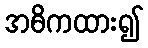
အဓိကထား၍